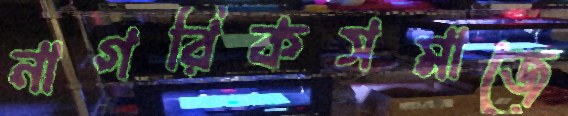
নাগরিকসমাজে